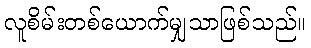
လူစိမ်းတစ်ယောက်မျှသာဖြစ်သည်။